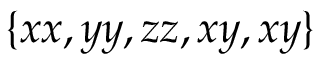
\{ x x , y y , z z , x y , x y \}